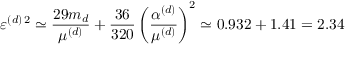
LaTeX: \varepsilon ^ { ( d ) \, 2 } \simeq \frac { 2 9 m _ { d } } { \mu ^ { ( d ) } } + \frac { 3 6 } { 3 2 0 } \left( \frac { \alpha ^ { ( d ) } } { \mu ^ { ( d ) } } \right) ^ { 2 } \simeq 0 . 9 3 2 + 1 . 4 1 = 2 . 3 4